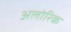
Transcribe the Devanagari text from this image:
अलोरिक